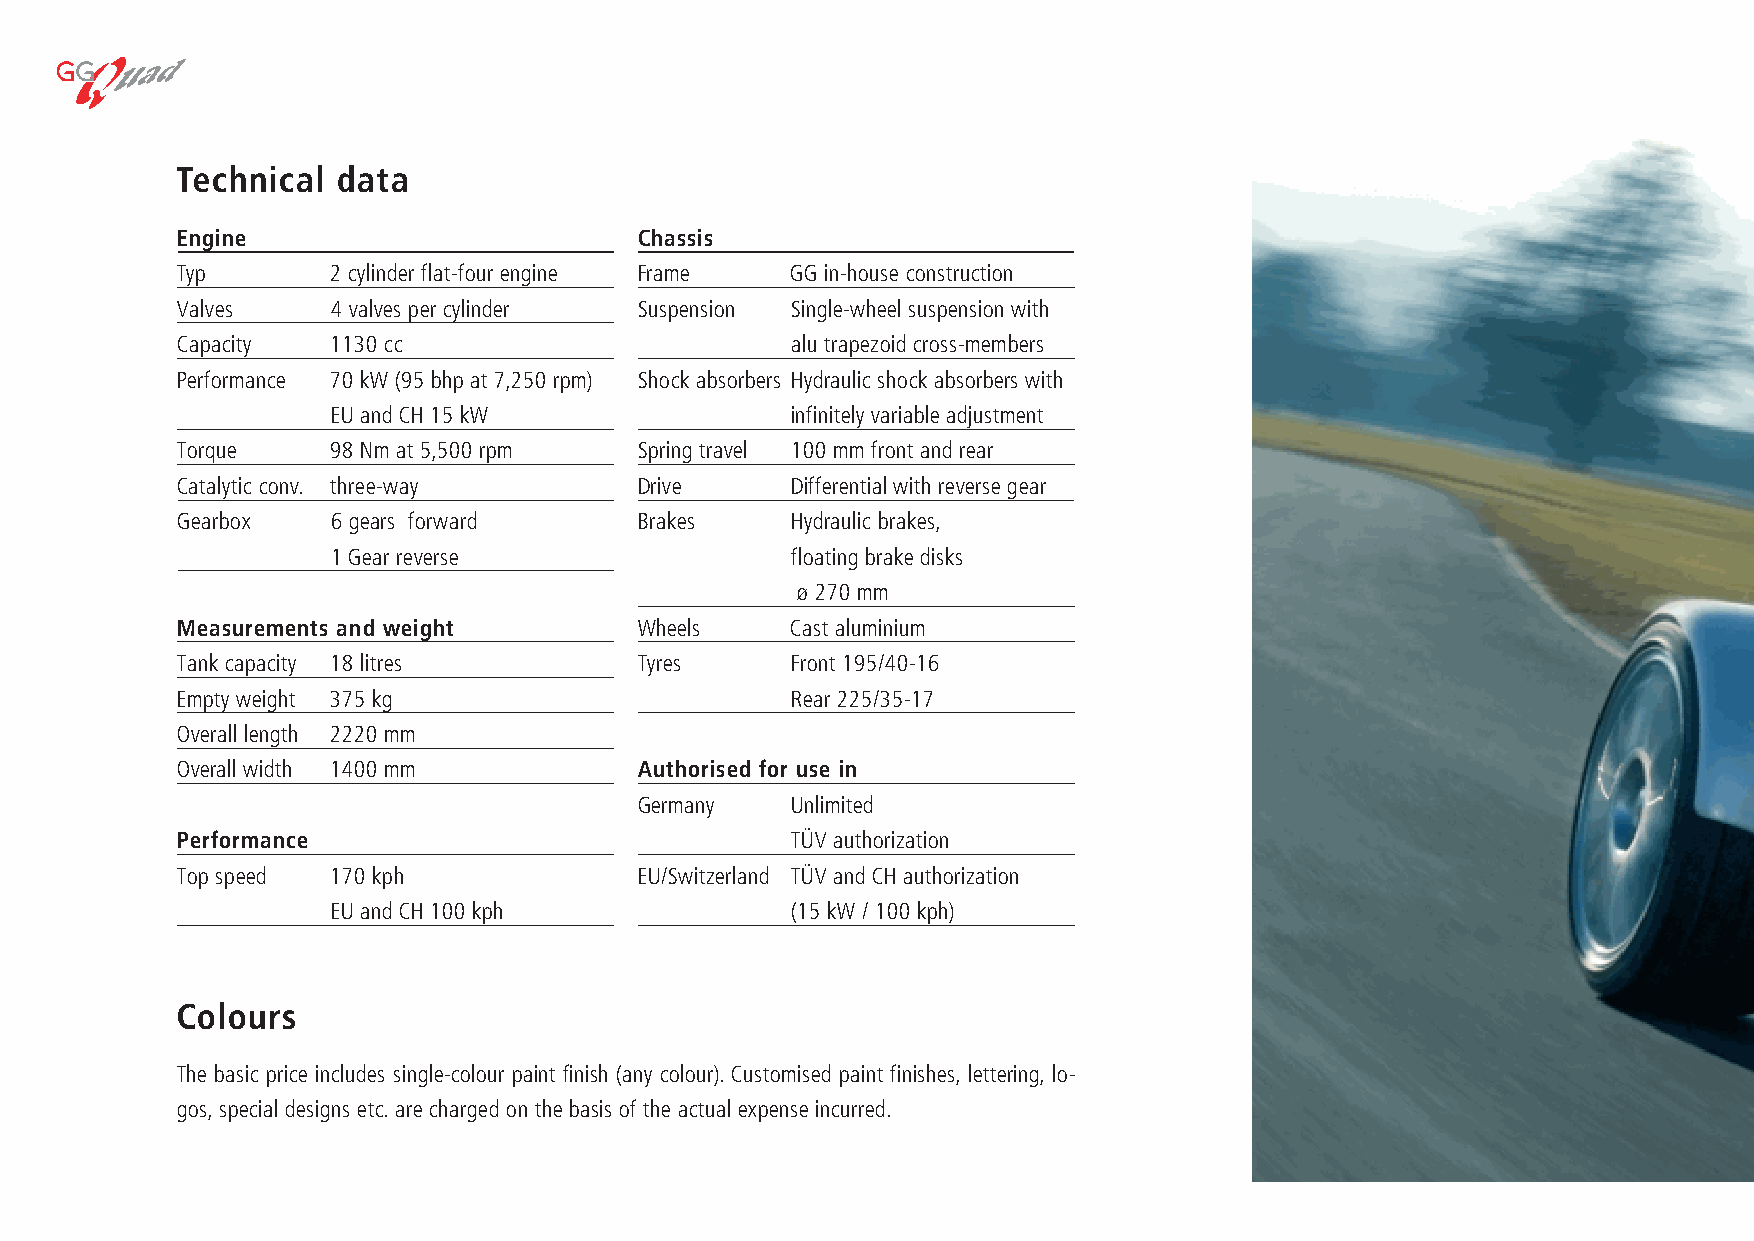
460818-Broschure_engl_she 25.8.2006 10:03 Uhr Seite 9
 Technical data
 Engine                        Chassis
 Typ       2 cylinder flat-four engine Frame GG in-house construction
 Valves    4 valves per cylinder Suspension Single-wheel suspension with
 Capacity  1130 cc                       alu trapezoid cross-members
 Performance 70 kW (95 bhp at 7,250 rpm) Shock absorbers Hydraulic shock absorbers with
 EU and CH 15 kW               infinitely variable adjustment
 Torque    98 Nm at 5,500 rpm  Spring travel 100 mm front and rear
 Catalytic conv. three-way     Drive     Differential with reverse gear
 Gearbox   6 gears forward     Brakes    Hydraulic brakes,
 1 Gear reverse                floating brake disks
 ø 270 mm
 Measurements and weight       Wheels    Cast aluminium
 Tank capacity 18 litres       Tyres     Front 195/40-16
 Empty weight 375 kg                     Rear 225/35-17
 Overall length 2220 mm
 Overall width 1400 mm         Authorised for use in
 Germany   Unlimited
 Performance                             TÜV authorization
 Top speed 170 kph             EU/Switzerland TÜV and CH authorization
 EU and CH 100 kph             (15 kW / 100 kph)
 Colours
 The basic price includes single-colour paint finish (any colour). Customised paint finishes, lettering, lo-
 gos, special designs etc. are charged on the basis of the actual expense incurred.